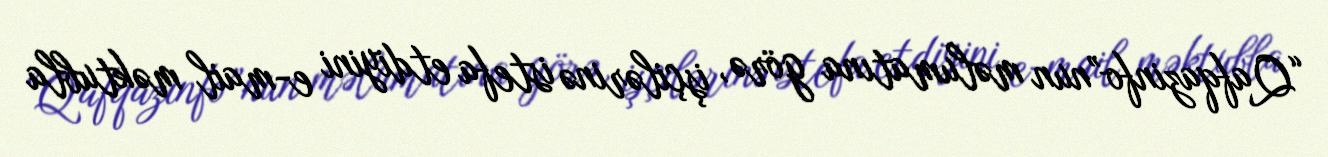
“Qafqazinfo”nun məlumatına görə, işçilərinə istefa etdiyini e-mail məktubla